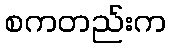
စကတည်းက